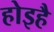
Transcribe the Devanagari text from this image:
होइहै